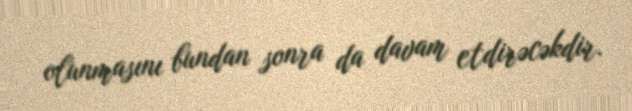
olunmasını bundan sonra da davam etdirəcəkdir.